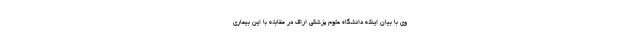
وی با بیان اینکه دانشگاه علوم پزشکی اراک در مقابله با این بیماری